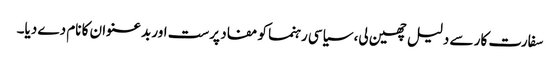
سفارت کار سے دلیل چھین لی، سیاسی رہنما کو مفاد پرست اور بدعنوان کا نام دے دیا۔